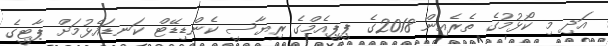
އަދި މި ކޯޅުމުގެ ތެރެއިން 2018ގެ ޕީޕީއެމްގެ ރިޔާސީ ކެންޑިޑޭޓް ކަނޑައެޅުމަށް ޕާޓީގެ